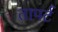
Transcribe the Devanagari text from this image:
तापर्ट